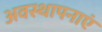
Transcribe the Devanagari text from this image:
अवस्थापनाएं